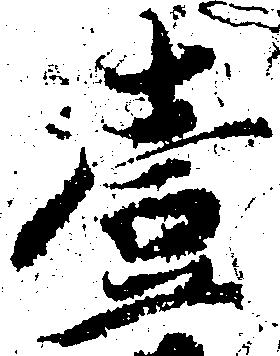
壱